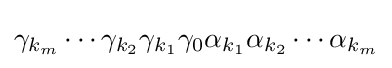
\gamma _{k_{m}}\dotsb \gamma _{k_{2}}\gamma _{k_{1}}\gamma _{0}\alpha _{k_{1}}\alpha _{k_{2}}\dotsb \alpha _{k_{m}}